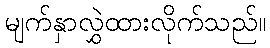
မျက်နှာလွှဲထားလိုက်သည်။